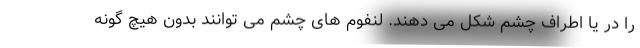
را در یا اطراف چشم شکل می دهند. لنفوم های چشم می توانند بدون هیچ گونه